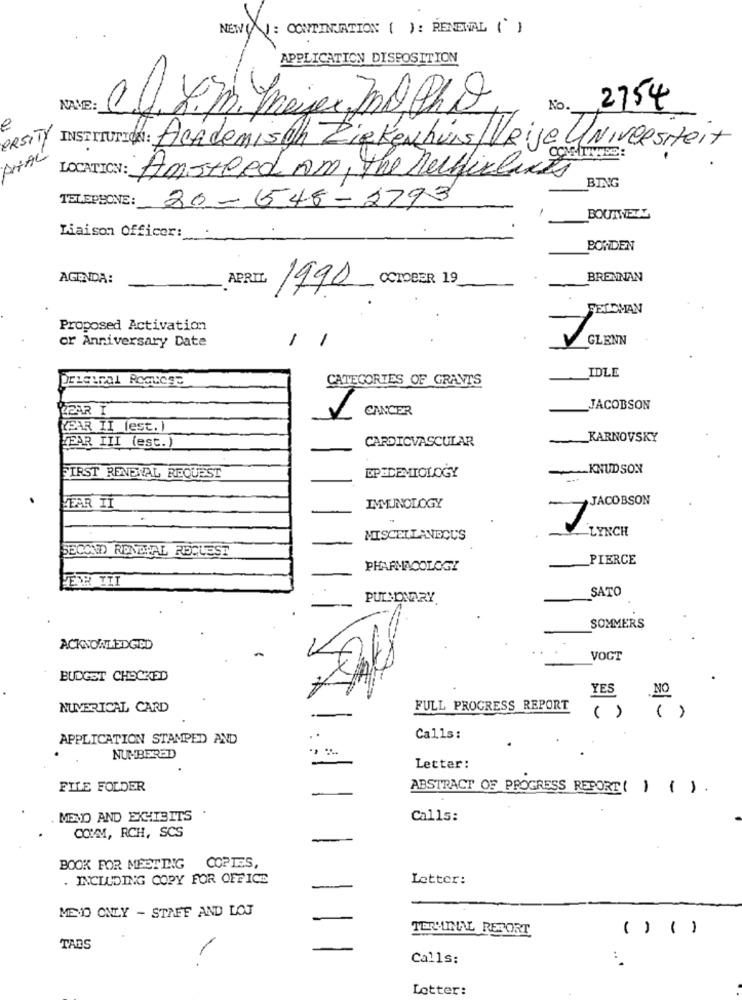
NEW: CONTINUATION ( ) : RENEWAL (` )
APPLICATION DISPOSITION
NAVE:
No.
2754
ERSITY
INSTITUTION : Academisch Ziekenhuis/Vrije Universiteit
ANTAL
LOCATION: Amsteed Am, the nechicluss
BING
TELEPHONE: 30-548-2793
.
BOUNWELL
Liaison Officer:
BONDEN
AGENDA:
APRIL
OCTOBER 19
BRENNAN
1990
FELDMAN
Proposed Activation
or Anniversary Date
1
GLENN
IDLE
CATEGORIES OF GRAVT'S
REAR I
CANCER
JACOBSON
WEAR II (est.)
CARDIOVASCULAR
KARNOVSKY
FEAR III (est.)
KNUD SON
FIRST RENEWAL REQUEST
EPIDEMIOLOGY
JACOBSON
HEAR IT
IMMUNOLOGY
7
LYNCH
MISCELLANEOUS
SECOND RONDHAL REQUEST
PIERCE
PHARMACOLOGY
PEOR TII
SATO
PULMONARY
SOMMERS
ACKNOWLEDGED
VOCT
BUDGET CHECKED
NO
YES
NUMERICAL CARD
FULL PROGRESS REPORT
( )
( )
APPLICATION STAMPED AND
..
Calls:
NUMBERED
Letter :
FILE FOLDER
ABSTRACT OF PROGRESS REPORT ( ) ().
.MENO AND EXHIBITS .
Calls:
COMM, RCH, SCS
BOOK FOR MEETING COPIES,
. INCLUDING COPY FOR OFFICE
Letter:
-
MEVO ONLY - STAFF AND LOJ
TERMINAL RESORT
() ()
TABS
Calls:
:
Lotter: